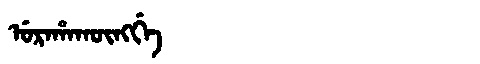
Manchu: ᡠᡵᠠᡥᠠᡴᡡᠩᡤᡝ
Romanization: URAHAKŪNGGE